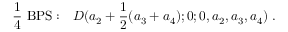
{ \frac { 1 } { 4 } } \mathrm { ~ B P S : } \quad { \cal D } ( a _ { 2 } + { \frac { 1 } { 2 } } ( a _ { 3 } + a _ { 4 } ) ; 0 ; 0 , a _ { 2 } , a _ { 3 } , a _ { 4 } ) \; .